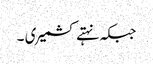
جبکہ نہتے کشمیری ۔